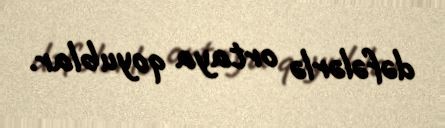
dəfələrlə ortaya qoyublar.